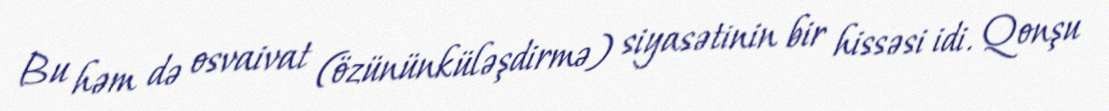
Bu həm də osvaivat (özününküləşdirmə) siyasətinin bir hissəsi idi. Qonşu